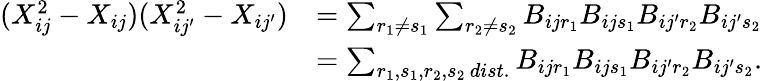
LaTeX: \begin{array}{rl}{(X_{ij}^{2}-X_{ij})(X_{ij^{\prime}}^{2}-X_{ij^{\prime}})}&{=\sum_{r_{1}\neq s_{1}}\sum_{r_{2}\neq s_{2}}B_{ijr_{1}}B_{ijs_{1}}B_{ij^{\prime}r_{2}}B_{ij^{\prime}s_{2}}}\\ &{=\sum_{r_{1},s_{1},r_{2},s_{2}\, dist.}B_{ijr_{1}}B_{ijs_{1}}B_{ij^{\prime}r_{2}}B_{ij^{\prime}s_{2}}.}\end{array}